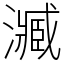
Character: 㵴